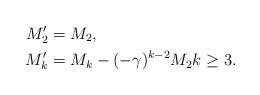
LaTeX: \begin{align*} M'_2 & =M_2,\\ M'_k & = M_k - (-\gamma)^{k-2} M_2 k\geq 3.\end{align*}